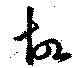
故